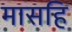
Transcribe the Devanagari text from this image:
मासहि